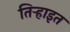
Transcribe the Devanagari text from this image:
तिर्‍हाइत